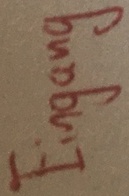
Text: Eingang